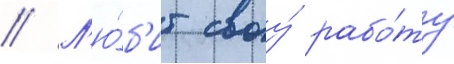
// Л'ю́б'ит своу́ рабо́ту